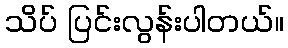
သိပ် ပြင်းလွန်းပါတယ်။